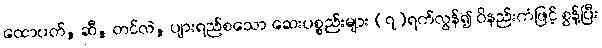
ထောပတ်, ဆီ, တင်လဲ, ပျားရည်စသော ဆေးပစ္စည်းများ (၇)ရက်လွန်၍ ဝိနည်းကံဖြင့် စွန့်ပြီး